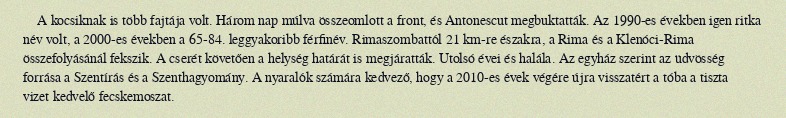
A kocsiknak is több fajtája volt. Három nap múlva összeomlott a front, és Antonescut megbuktatták. Az 1990-es években igen ritka név volt, a 2000-es években a 65-84. leggyakoribb férfinév. Rimaszombattól 21 km-re északra, a Rima és a Klenóci-Rima összefolyásánál fekszik. A cserét követően a helység határát is megjáratták. Utolsó évei és halála. Az egyház szerint az üdvösség forrása a Szentírás és a Szenthagyomány. A nyaralók számára kedvező, hogy a 2010-es évek végére újra visszatért a tóba a tiszta vizet kedvelő fecskemoszat.